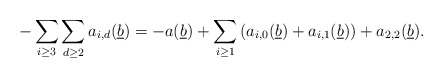
\begin{align*} - \sum_{i \geq 3}\sum_{d \geq 2} a_{i,d}(\underline{b}) = - a(\underline{b}) + \sum_{i \geq 1}\left(a_{i,0}(\underline{b}) + a_{i,1}(\underline{b})\right) + a_{2,2}(\underline{b}).\end{align*}